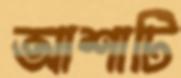
আশাটি